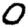
Digit: 0